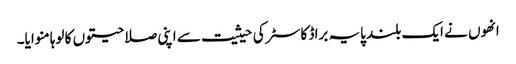
انھوں نے ایک بلند پایہ براڈ کاسٹر کی حیثیت سے اپنی صلاحیتوں کا لوہا منوایا۔